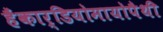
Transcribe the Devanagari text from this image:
हैंकार्डियोमायोपैथी